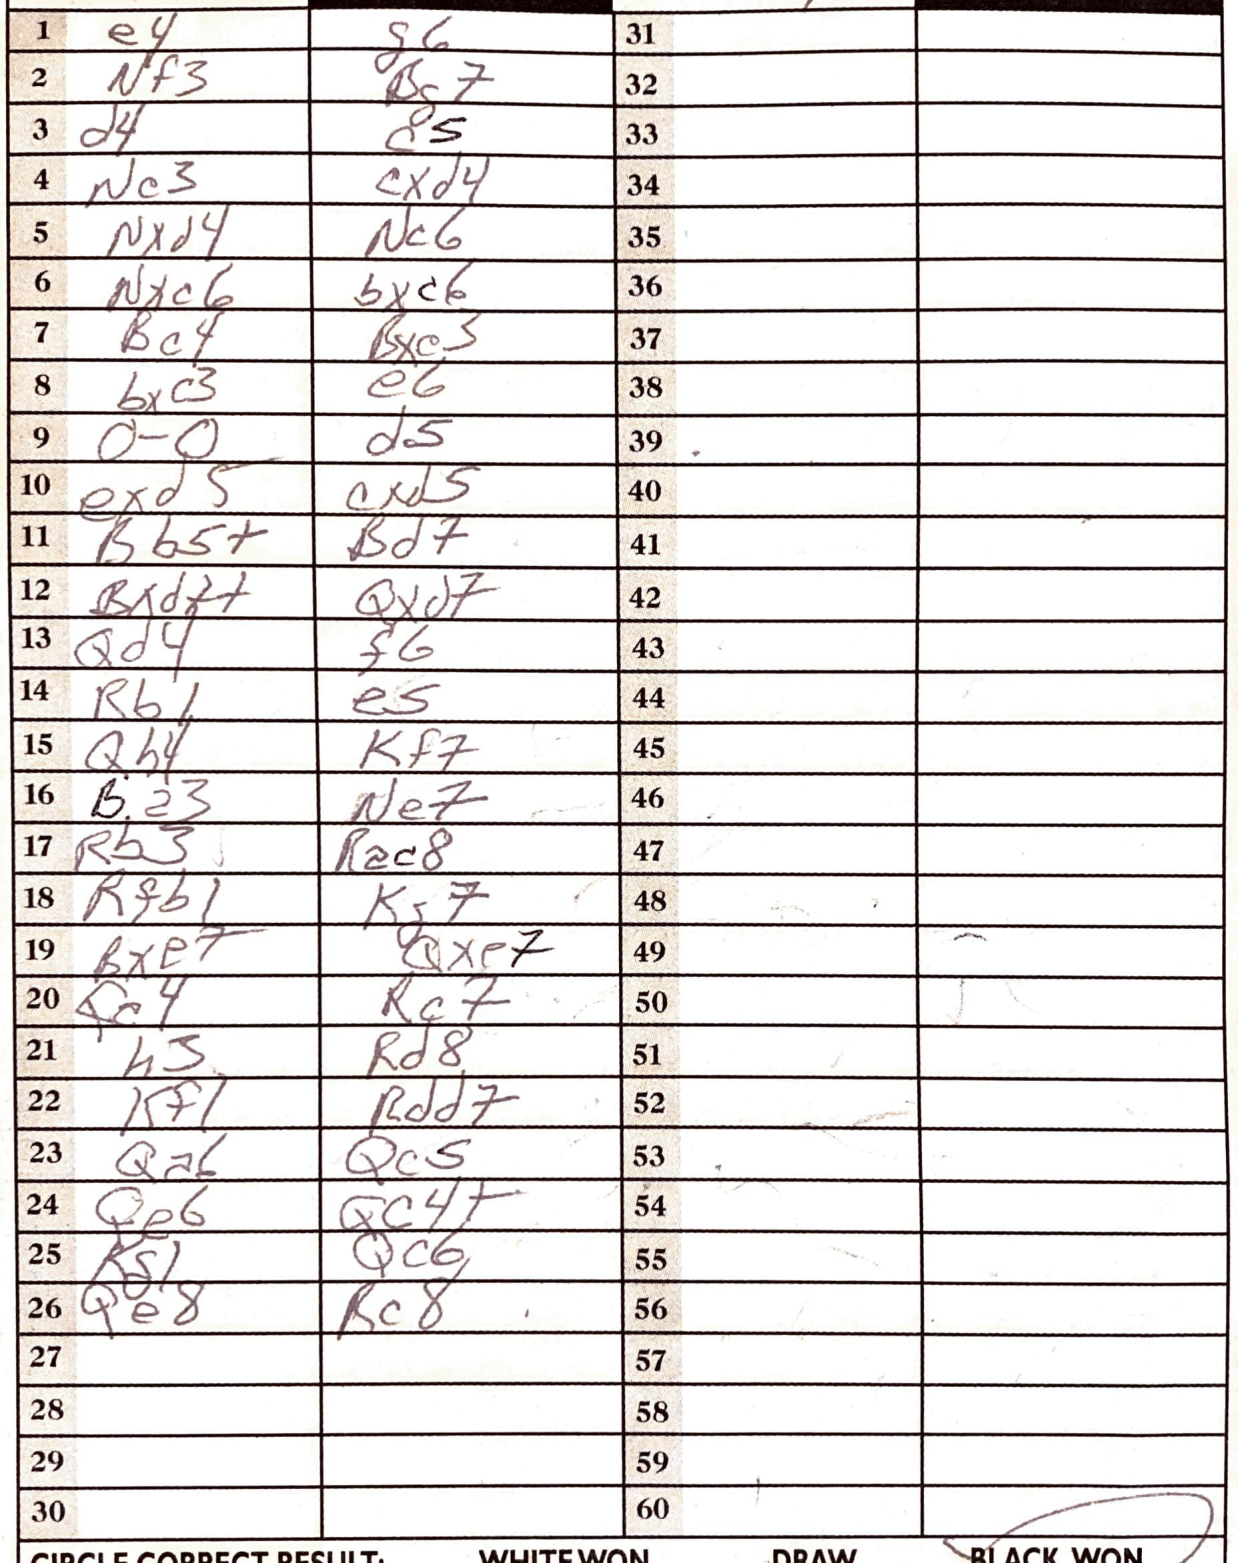
Moves: e4 g6 Nf3 Bg7 d4 c5 Nc3 cxd4 Nxd4 Nc6 Nxc6 bxc6 Bc4 Bxe3 bxc3 e6 O-O d5 exd5 cxd5 Bb5+ Bd7+ Bxd++ Bd7 Qd4 f6 Rb1 e5 Qh4 Kf7 Ba3 Ne7 Rb3 Rac8 Rfb1 Kg7 Bxe7 Qxe7 Rc7 h3 Rd8 Kf1 Rdd7 Qa6 Qc5 Qe6 Qc4+ Kg1 Qc6 Qe8 Rc8